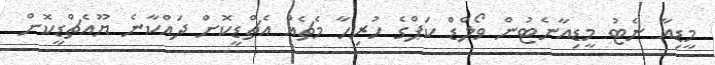
މީޑިއާ ނެޓު މީޑިއާނެޓުން ވޯލްޑް ކަޕްގެ ހުރިހާ މެޗެއް އެޗްޑީކޮށް ދައްކާނެ ޔޫއެޗްޑީކޮށް